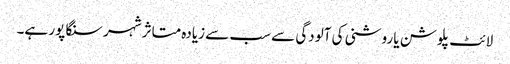
لائٹ پلوشن یا روشنی کی آلودگی سے سب سے زیادہ متاثر شہر سنگا پور ہے۔